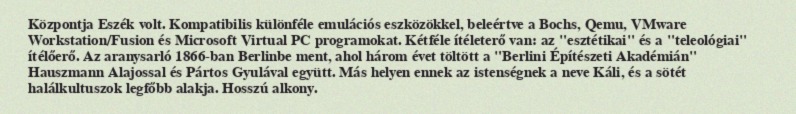
Központja Eszék volt. Kompatibilis különféle emulációs eszközökkel, beleértve a Bochs, Qemu, VMware Workstation/Fusion és Microsoft Virtual PC programokat. Kétféle ítéleterő van: az "esztétikai" és a "teleológiai" ítélőerő. Az aranysarló 1866-ban Berlinbe ment, ahol három évet töltött a "Berlini Építészeti Akadémián" Hauszmann Alajossal és Pártos Gyulával együtt. Más helyen ennek az istenségnek a neve Káli, és a sötét halálkultuszok legfőbb alakja. Hosszú alkony.